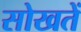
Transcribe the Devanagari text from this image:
सोखतें